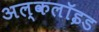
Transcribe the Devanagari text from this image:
अल्कलॉइड